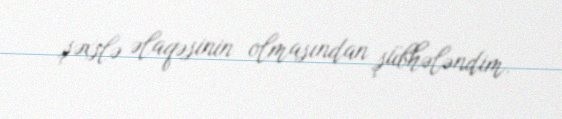
şəxslə əlaqəsinin olmasından şübhələndim.